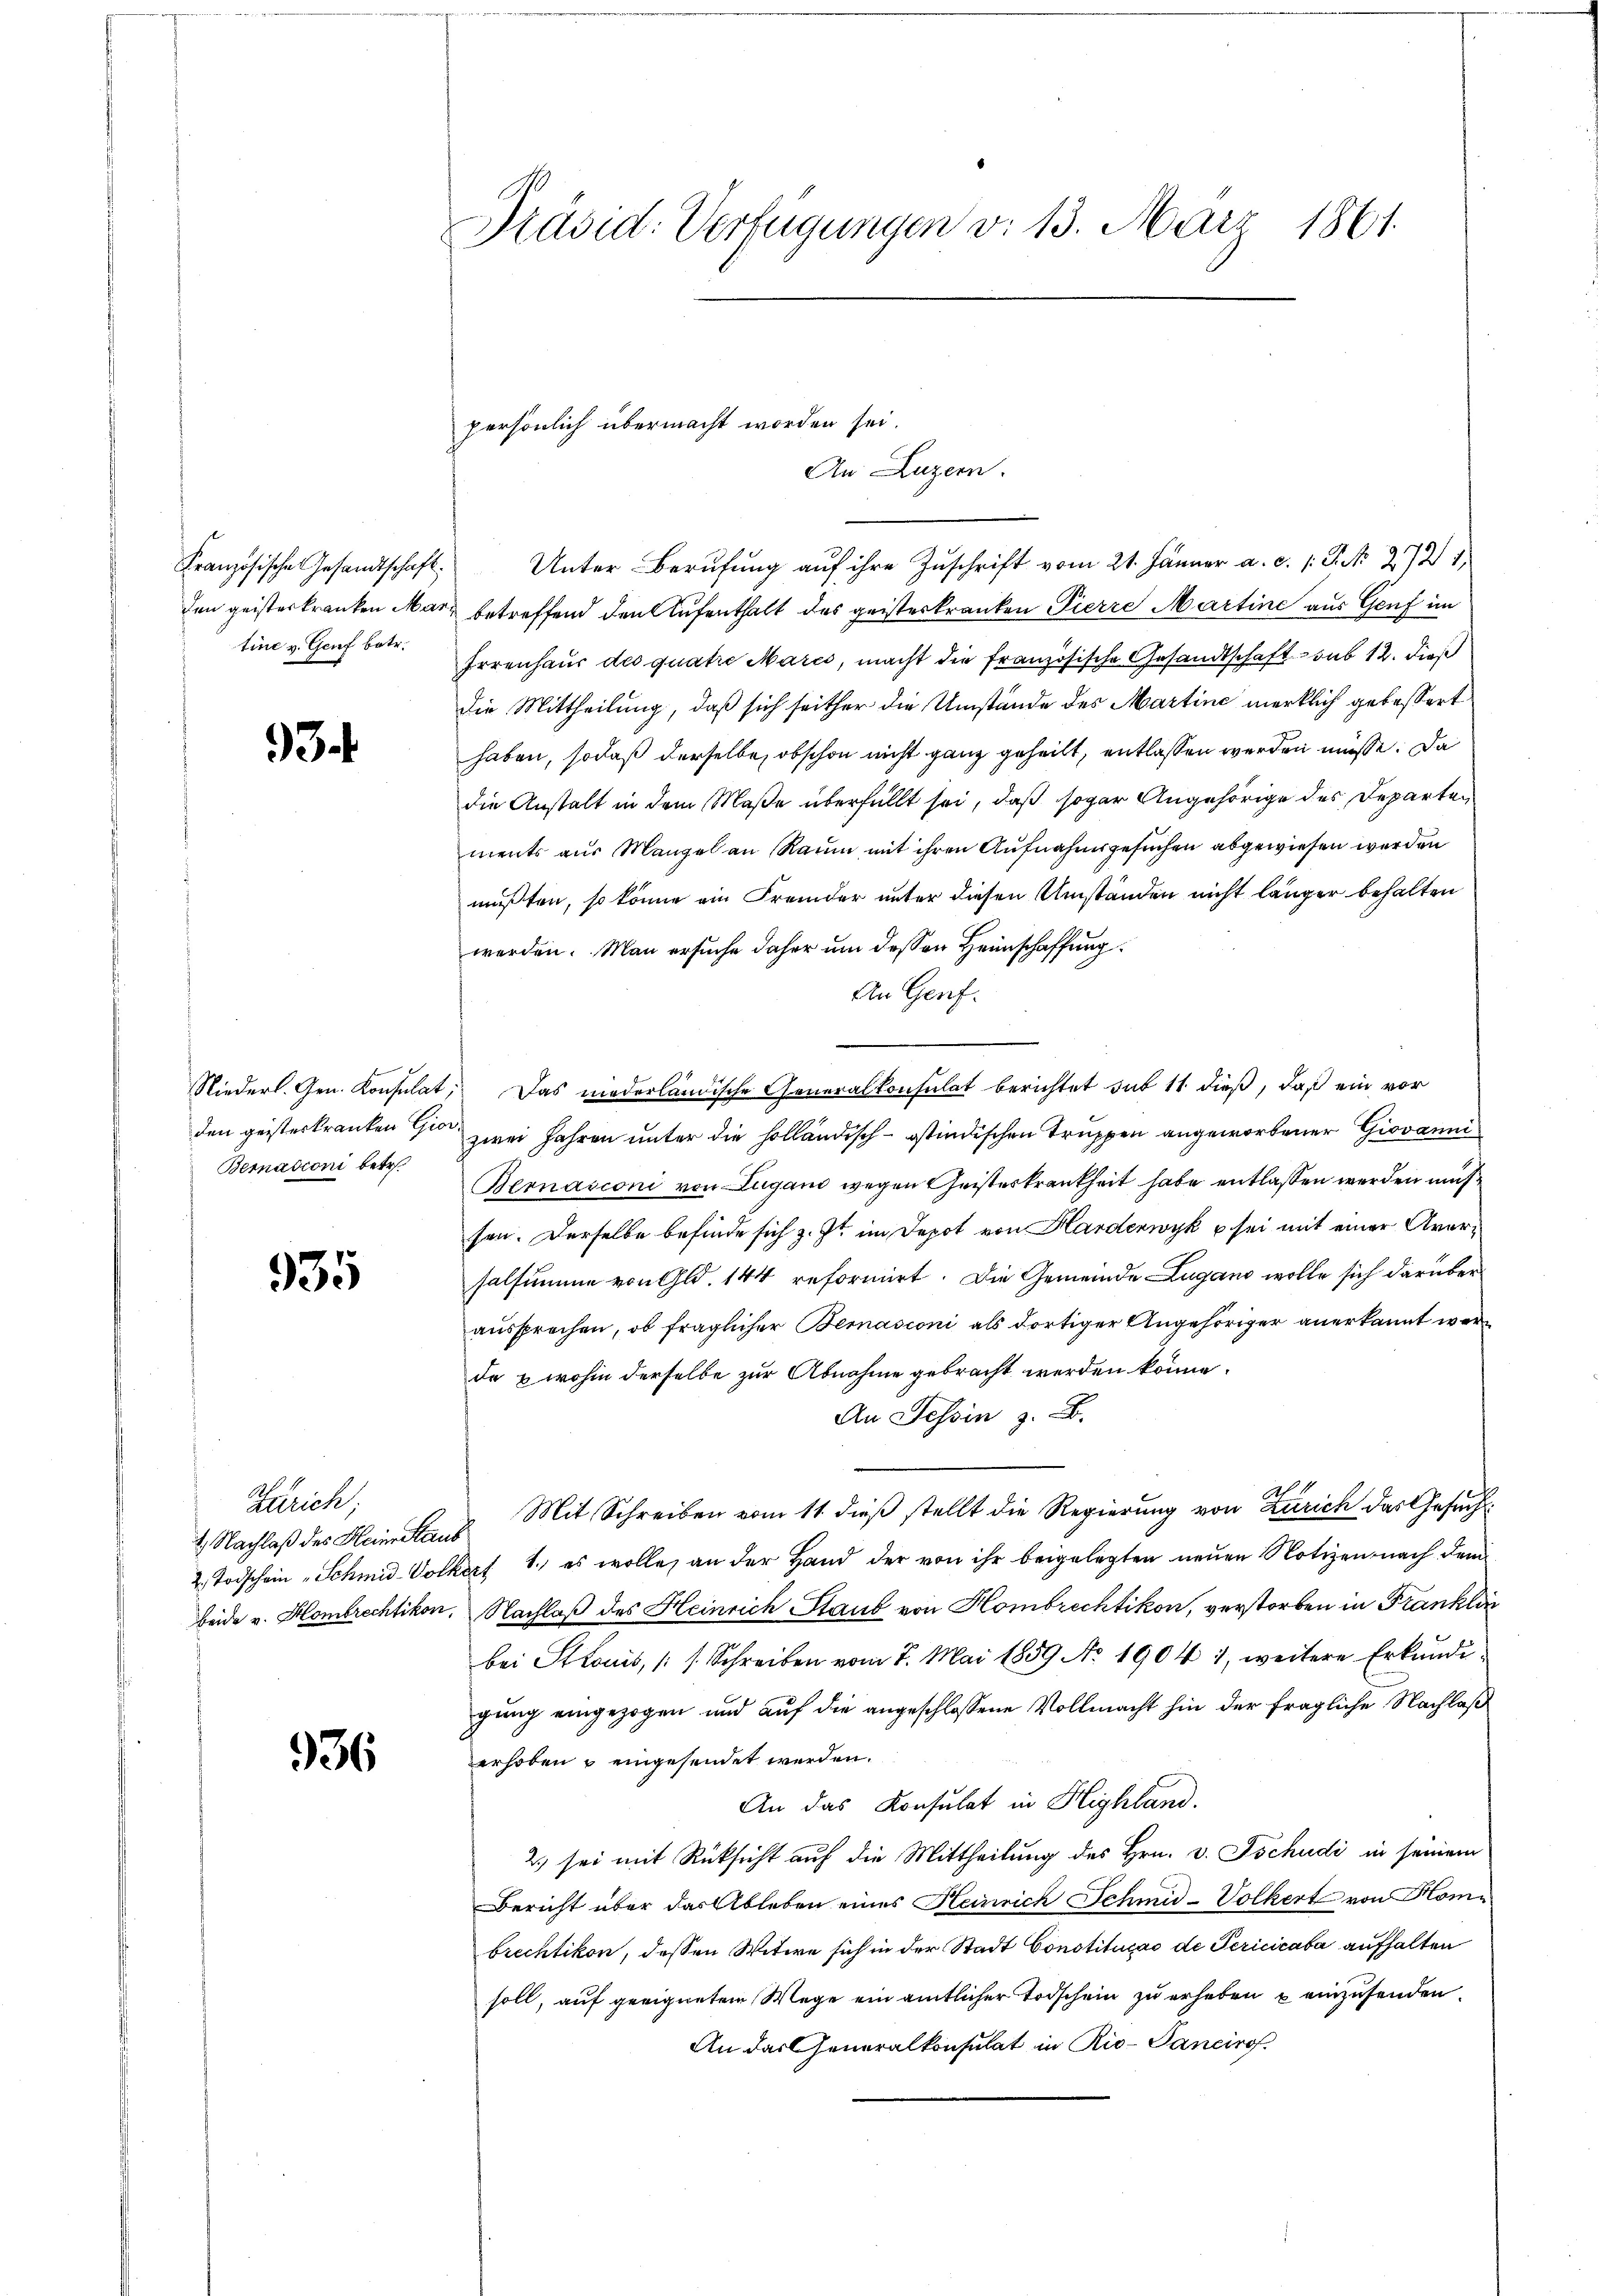
Französische Gesandtschaft.
tine v. Genf betr.

3

Bemadioni betr.

935

Unter Berufung auf ihre Zuschrift vom 21. Jänner a. c. P. No 2721,
den geisterkranken März betreffend den Aufenthalt des geisterkranken Pierre Martine aus Genf im
Irrenhaus des quatre Marcs, macht die französische Gesandtschaft sub 12. dieß
die Mittheilung, daß sich seither die Umstände des Martine merklich gebessert
haben, sodaß derselbe, obschon nicht ganz geheilt, entlassen werden müsse. Da
die Anstalt in dem Maße überfüllt sei, daß sogar Angehörige des Departen
ments aus Mangel an Raum mit ihren Aufnahmsgesuchen abgewiesen werden
mußten, so könne ein Fremder unter diesen Umständen nicht länger behalten
werden. Man ersuche daher um dessen Heimschaffung
An Genf.
Niederl. Gen. Konsulat, Das niederländische Generalkonsulat berichtet sub 11 dieß, daß ein vor
den geisterkranken die zwei Jahren unter die holländisch-östindischen Truppen angeworbener Giovanni
Bernasconi von Lugano wegen Geisteskrankheit habe entlassen werden müß
sen. Derselbe befinde sich z. Zt. im Depot von Hardenwyk & sei mit einer Aversalsumme von Gld. 144 reformirt. Die Gemeinde Lugano wolle sich darüber
aŭssprechen, ob fraglicher Bemasconi als dortiger Angehöriger anerkannt werde & wohin derselbe zur Abnahme gebracht werden könne.
An Tessin z. B.
h
2. Nachlaß des Kleinstand Mit Schreiben vom 11. dieß stellt die Regierung von Zürich das Gesuch¬
2. Todschein „Schmid Volkert 1. es wolle, an der Hand der von ihr beigelegten neuen Notizen nach dem
beide v. Hombrechtikon. Nachlaß des Heinrich Staub von Hombrechtikon, verstorben in Franklin
bei Stonis, (s. Schreiben vom 7. Mai 1859 No 1904 1, weitere Erkundigung eingezogen und auf die angeschlossene Vollmacht hin der fragliche Nachlaß
erhoben u eingesendet werden.
An das Konsulat in Highland.
2.) sei mit Rücksicht auf die Mittheilung des Hrn. v. Tschudi in seinem
Bericht über das Ableben eines Heinrich Schmid-Volkert von Hombrechtikon, dessen Witwe sich in der Stadt Constitucas de Pericicaba aufhalten
soll, auf geeignetem Wege ein amtlicher Todschein zu erheben u einzusenden.
An das Generalkonsulat in Rio-Pancirg.

Zürich;

936

Präsid. Verfügungen v. 13. März 1861.

persönlich übermacht worden sei.
An Luzern.